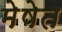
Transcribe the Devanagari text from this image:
मेषेत